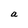
Character: n